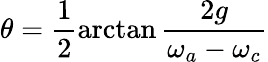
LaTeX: \theta=\frac{1}{2}\arctan\frac{2g}{\omega_{a}-\omega_{c}}